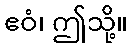
ဧဝံ၊ ဤသို့။